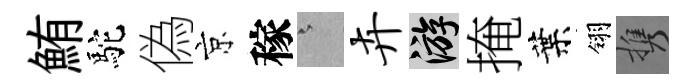
鮪駝偽京稼澹卉游掩葉翎携